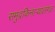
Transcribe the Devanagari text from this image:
समुद्रकिनार्‍यालगत